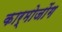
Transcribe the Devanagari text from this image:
कार्मोजोंग